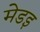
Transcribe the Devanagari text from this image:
मेडइ